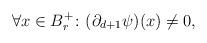
LaTeX: \begin{align*} \forall x \in B_r^+ \colon (\partial_{d+1} \psi ) (x) \not = 0,\end{align*}